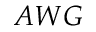
A W G